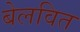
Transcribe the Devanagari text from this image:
बेलवित